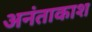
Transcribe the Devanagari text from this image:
अनंताकाश